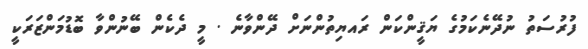
ފުރުސަތު ނުދޭނެކަމުގެ ޔަޤީންކަން ރައޔިތުންނަށް ދޭންވާނެ . މީ ދެކެން ބޭނުންވާ ބޮޑުމަންޒަރަކީ